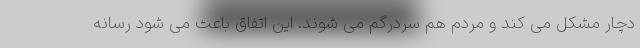
دچار مشکل می کند و مردم هم سردرگم می شوند. این اتفاق باعث می شود رسانه